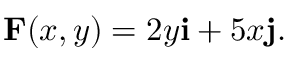
\mathbf { F } ( x , y ) = 2 y \mathbf { i } + 5 x \mathbf { j } .